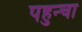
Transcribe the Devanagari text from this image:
पहुन्चा